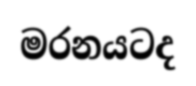
මරනයටද